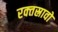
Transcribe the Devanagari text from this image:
रक्‍तस्रावों